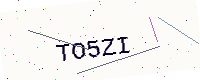
Text: TO5ZI